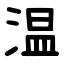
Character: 温